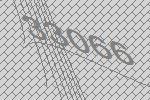
33066